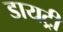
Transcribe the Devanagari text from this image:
डायट्री